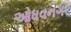
ઓધવનગર